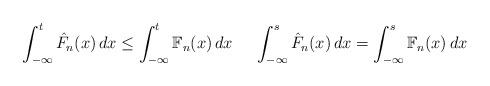
LaTeX: \begin{align*} \int_{-\infty}^t \hat{F}_n(x) \, dx \leq \int_{-\infty}^t \mathbb{F}_n(x) \, dx ~~ ~~ \int_{-\infty}^s \hat{F}_n(x) \, dx = \int_{-\infty}^s \mathbb{F}_n(x) \, dx \end{align*}